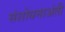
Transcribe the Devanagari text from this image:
संशोधनाअंती